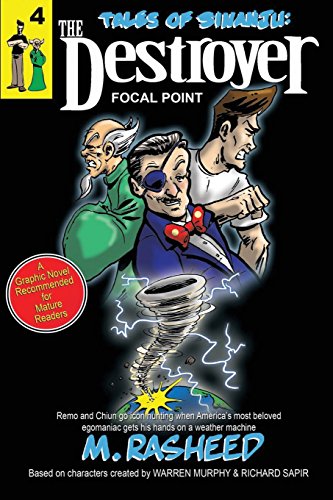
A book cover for Tales of Sinanju: The Destroyer, book four "Focal Point"; Muhammad Rasheed; Humor & Entertainment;